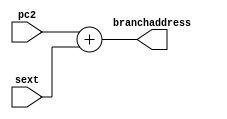
//adder for computing branch address if branch condition holds true than this is passed to pc
module adder(pc2,sext,branchaddress);

input[31:0] pc2,sext;  //sign extended value and program counter address from which instruction has been fetched
output[31:0] branchaddress; //branchaddress
reg[31:0] branchaddress;

always @(*)
		begin
		branchaddress <= pc2 + sext; 
		end
endmodule